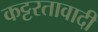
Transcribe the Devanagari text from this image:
कट्टरतावादी